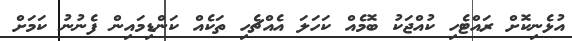
އުޅެނިކޮށް ރައްޓެހި ކުއްޖަކު ބޮމެއް ކަހަލަ އެއްޗެހި ތަކެއް ކަންޑިމައިން ފެނުނު ކަމަށް